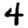
Digit: 4